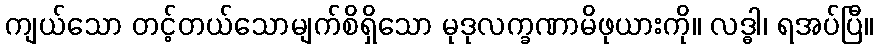
ကျယ်သော တင့်တယ်သောမျက်စိရှိသော မုဒုလက္ခဏာမိဖုယားကို။ လဒ္ဓါ၊ ရအပ်ပြီ။